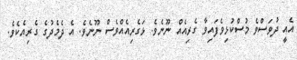
އެއީ ދުވަސްވެ މުސްކުޅިވެފައިވާ ގެރިއެއް ނޫނެވެ. ޅަގެރިއެއްވެސް ނޫނެވެ. އެ ދެމެދުގެ ގެރިއެކެވެ.